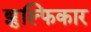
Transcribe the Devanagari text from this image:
झुल्फिकार